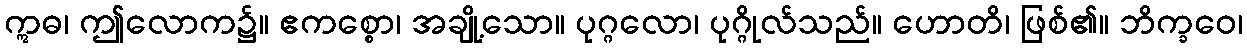
ဣဓ၊ ဤလောက၌။ ဧကစ္စော၊ အချို့သော။ ပုဂ္ဂလော၊ ပုဂ္ဂိုလ်သည်။ ဟောတိ၊ ဖြစ်၏။ ဘိက္ခဝေ၊